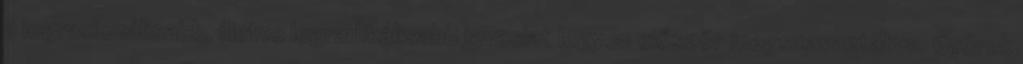
a legracionálisabb, illetve legradikálisabb javaslat legyen először megszavaztatva. Györek